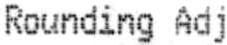
ROUNDING ADJ